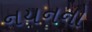
નયનનો